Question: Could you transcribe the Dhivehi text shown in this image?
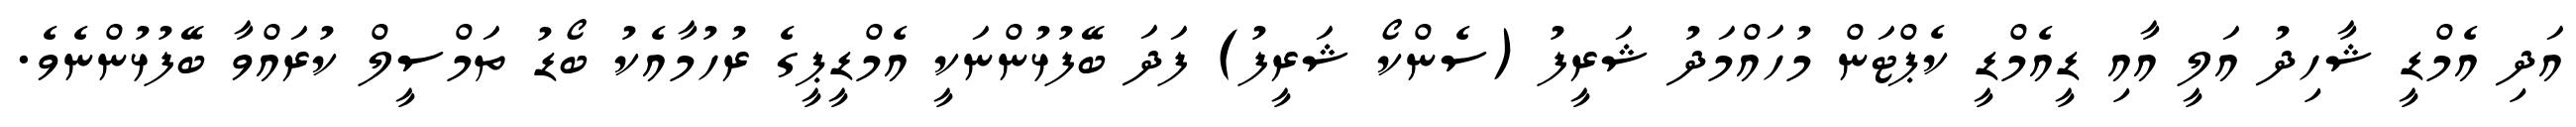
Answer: އަދި އެމްޑީ ޝާހިދު އަލީ އާއި ޑީއެމްޑީ ކެޕްޓަން މުހައްމަދު ޝަރީފު (ސެންކޯ ޝަރީފު) ފަދަ ބޭފުޅުންނަކީ އެމްޑީޕީގެ ރުހުމާއެކު ބޯޑު ތަމްސީލް ކުރައްވާ ބޭފުޅުންނެވެ.